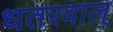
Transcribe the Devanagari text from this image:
धतरवाल्